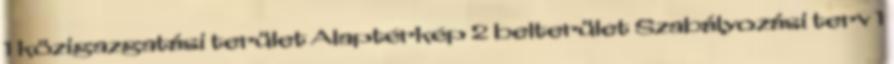
1 közigazgatási terület Alaptérkép 2 belterület Szabályozási terv 1